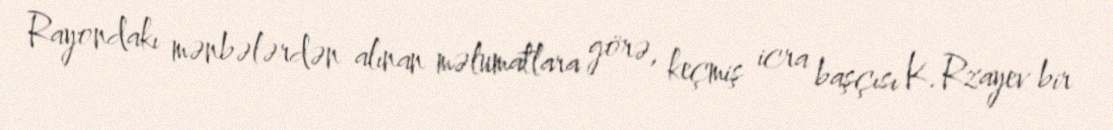
Rayondakı mənbələrdən alınan məlumatlara görə, keçmiş icra başçısı K.Rzayev bir